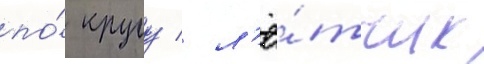
по́ кругу / л'ё́тчик